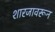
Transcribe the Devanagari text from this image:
शारजावरून